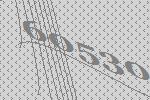
60530